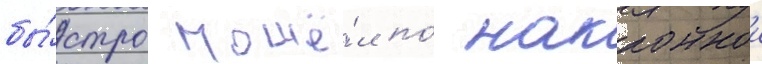
бы́стро пошё́л по́ наклоннои